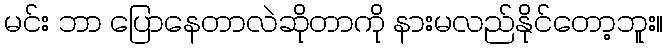
မင်း ဘာ ပြောနေတာလဲဆိုတာကို နားမလည်နိုင်တော့ဘူး။